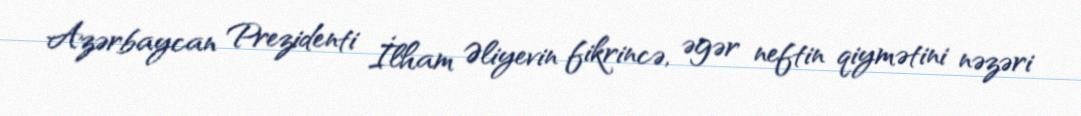
Azərbaycan Prezidenti İlham Əliyevin fikrincə, əgər neftin qiymətini nəzəri